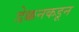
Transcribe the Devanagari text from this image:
डेक्कनकडून